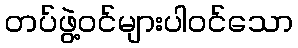
တပ်ဖွဲ့ဝင်များပါဝင်သော